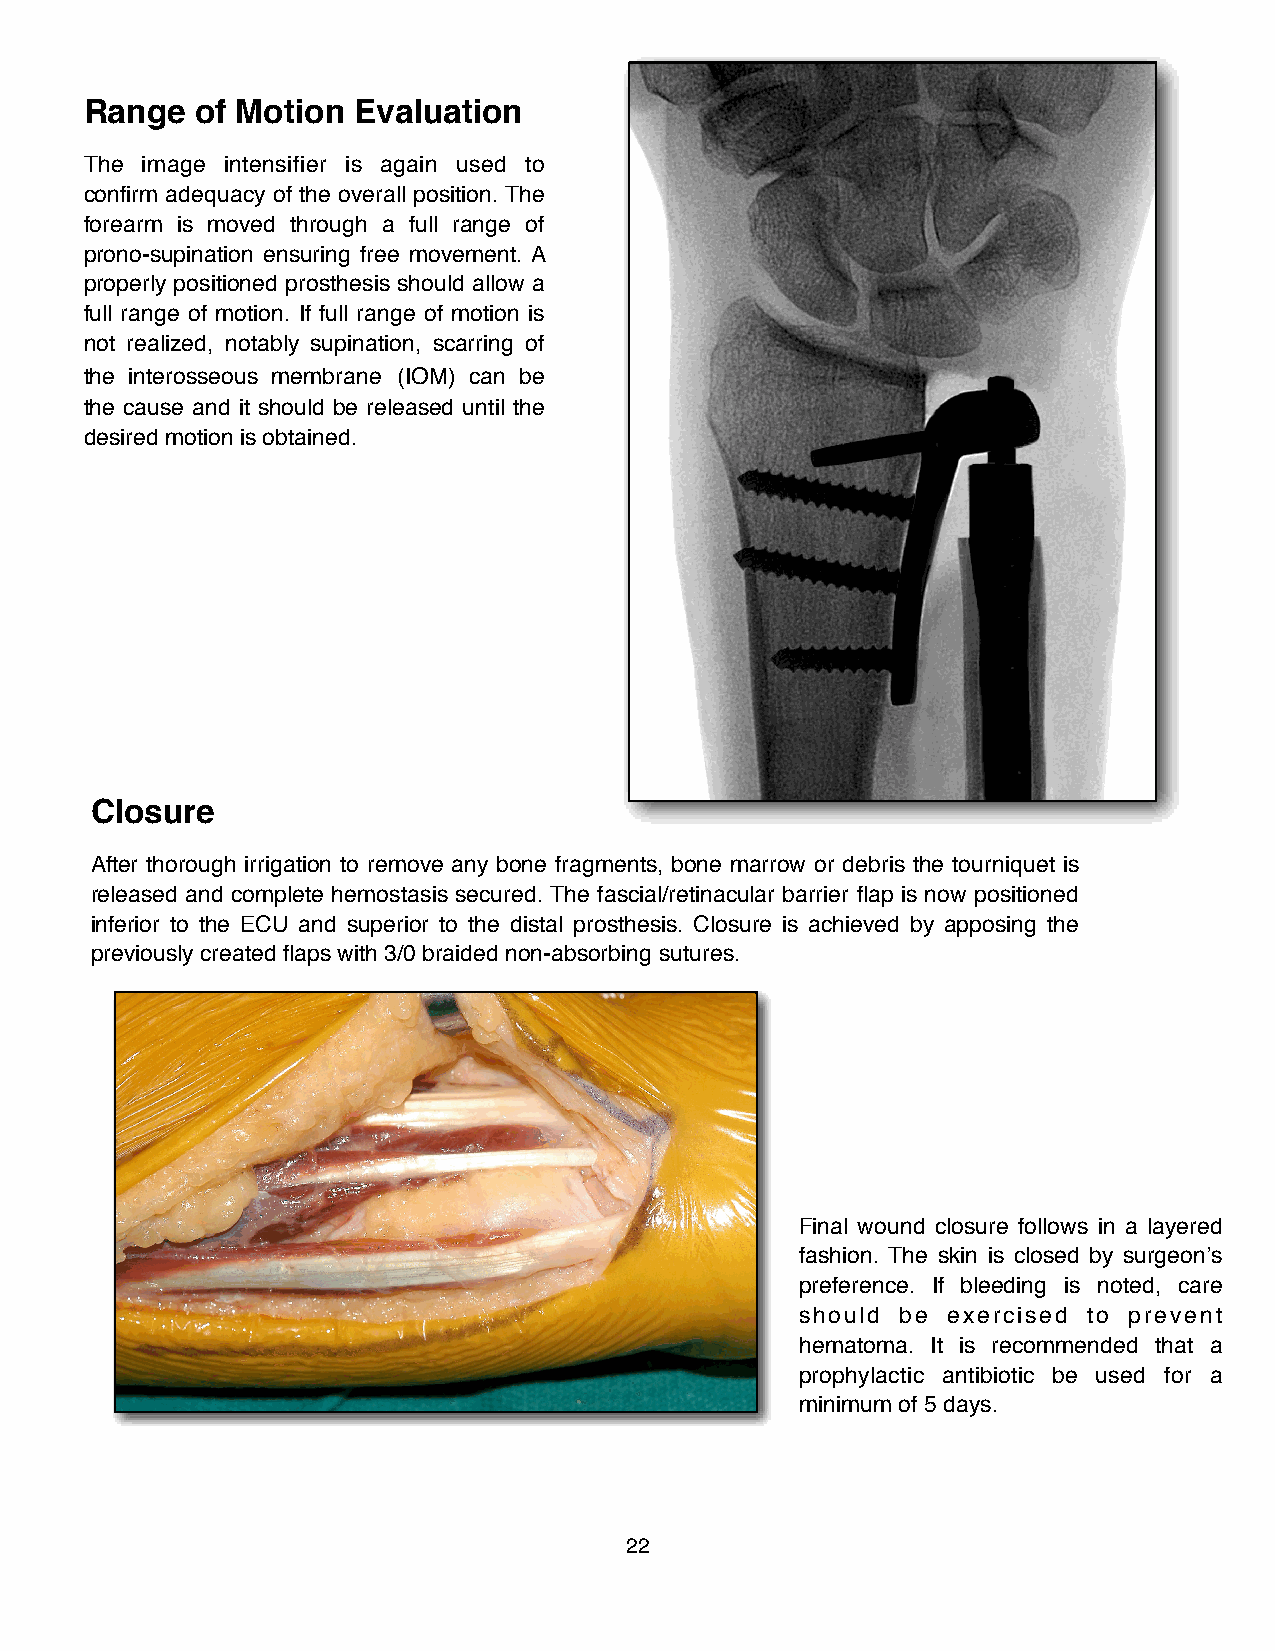
Range  of Motion Evaluation
 The image intensifier is again used to
 confirm adequacy of the overall position. The
 forearm is moved through a full range of
 prono-supination ensuring free movement. A
 properly positioned prosthesis should allow a
 full range of motion. If full range of motion is
 not realized, notably supination, scarring of
 the interosseous membrane (IOM) can be
 the cause and it should be released until the
 desired motion is obtained.
 Closure
 After thorough irrigation to remove any bone fragments, bone marrow or debris the tourniquet is
 released and complete hemostasis secured. The fascial/retinacular barrier flap is now positioned
 inferior to the ECU and superior to the distal prosthesis. Closure is achieved by apposing the
 previously created flaps with 3/0 braided non-absorbing sutures.
 !
 Final wound closure follows in a layered
 fashion. The skin is closed by surgeon’s
 preference. If bleeding is noted, care
 should be exercised to prevent
 hematoma. It is recommended that a
 prophylactic antibiotic be used for a
 minimum of 5 days.
 22